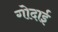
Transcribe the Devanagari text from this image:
गोदाई